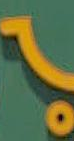
-